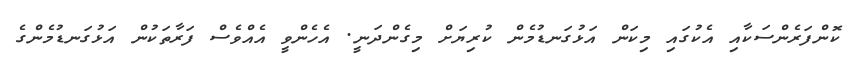
ކޮންފަރެންސަކާއި އެކުގައި މިކަން އަޅުގަނޑުމެން ކުރިޔަށް މިގެންދަނީ. އެހެންވީ އެއްވެސް ފަރާތަކުން އަޅުގަނޑުމެންގެ